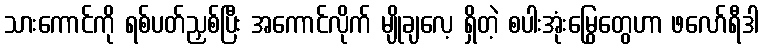
သားကောင်ကို ရစ်ပတ်ညှစ်ပြီး အကောင်လိုက် မျိုချလေ့ ရှိတဲ့ စပါးအုံးမြွေတွေဟာ ဖလော်ရီဒါ